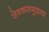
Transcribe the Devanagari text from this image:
सेवकसमुदाय